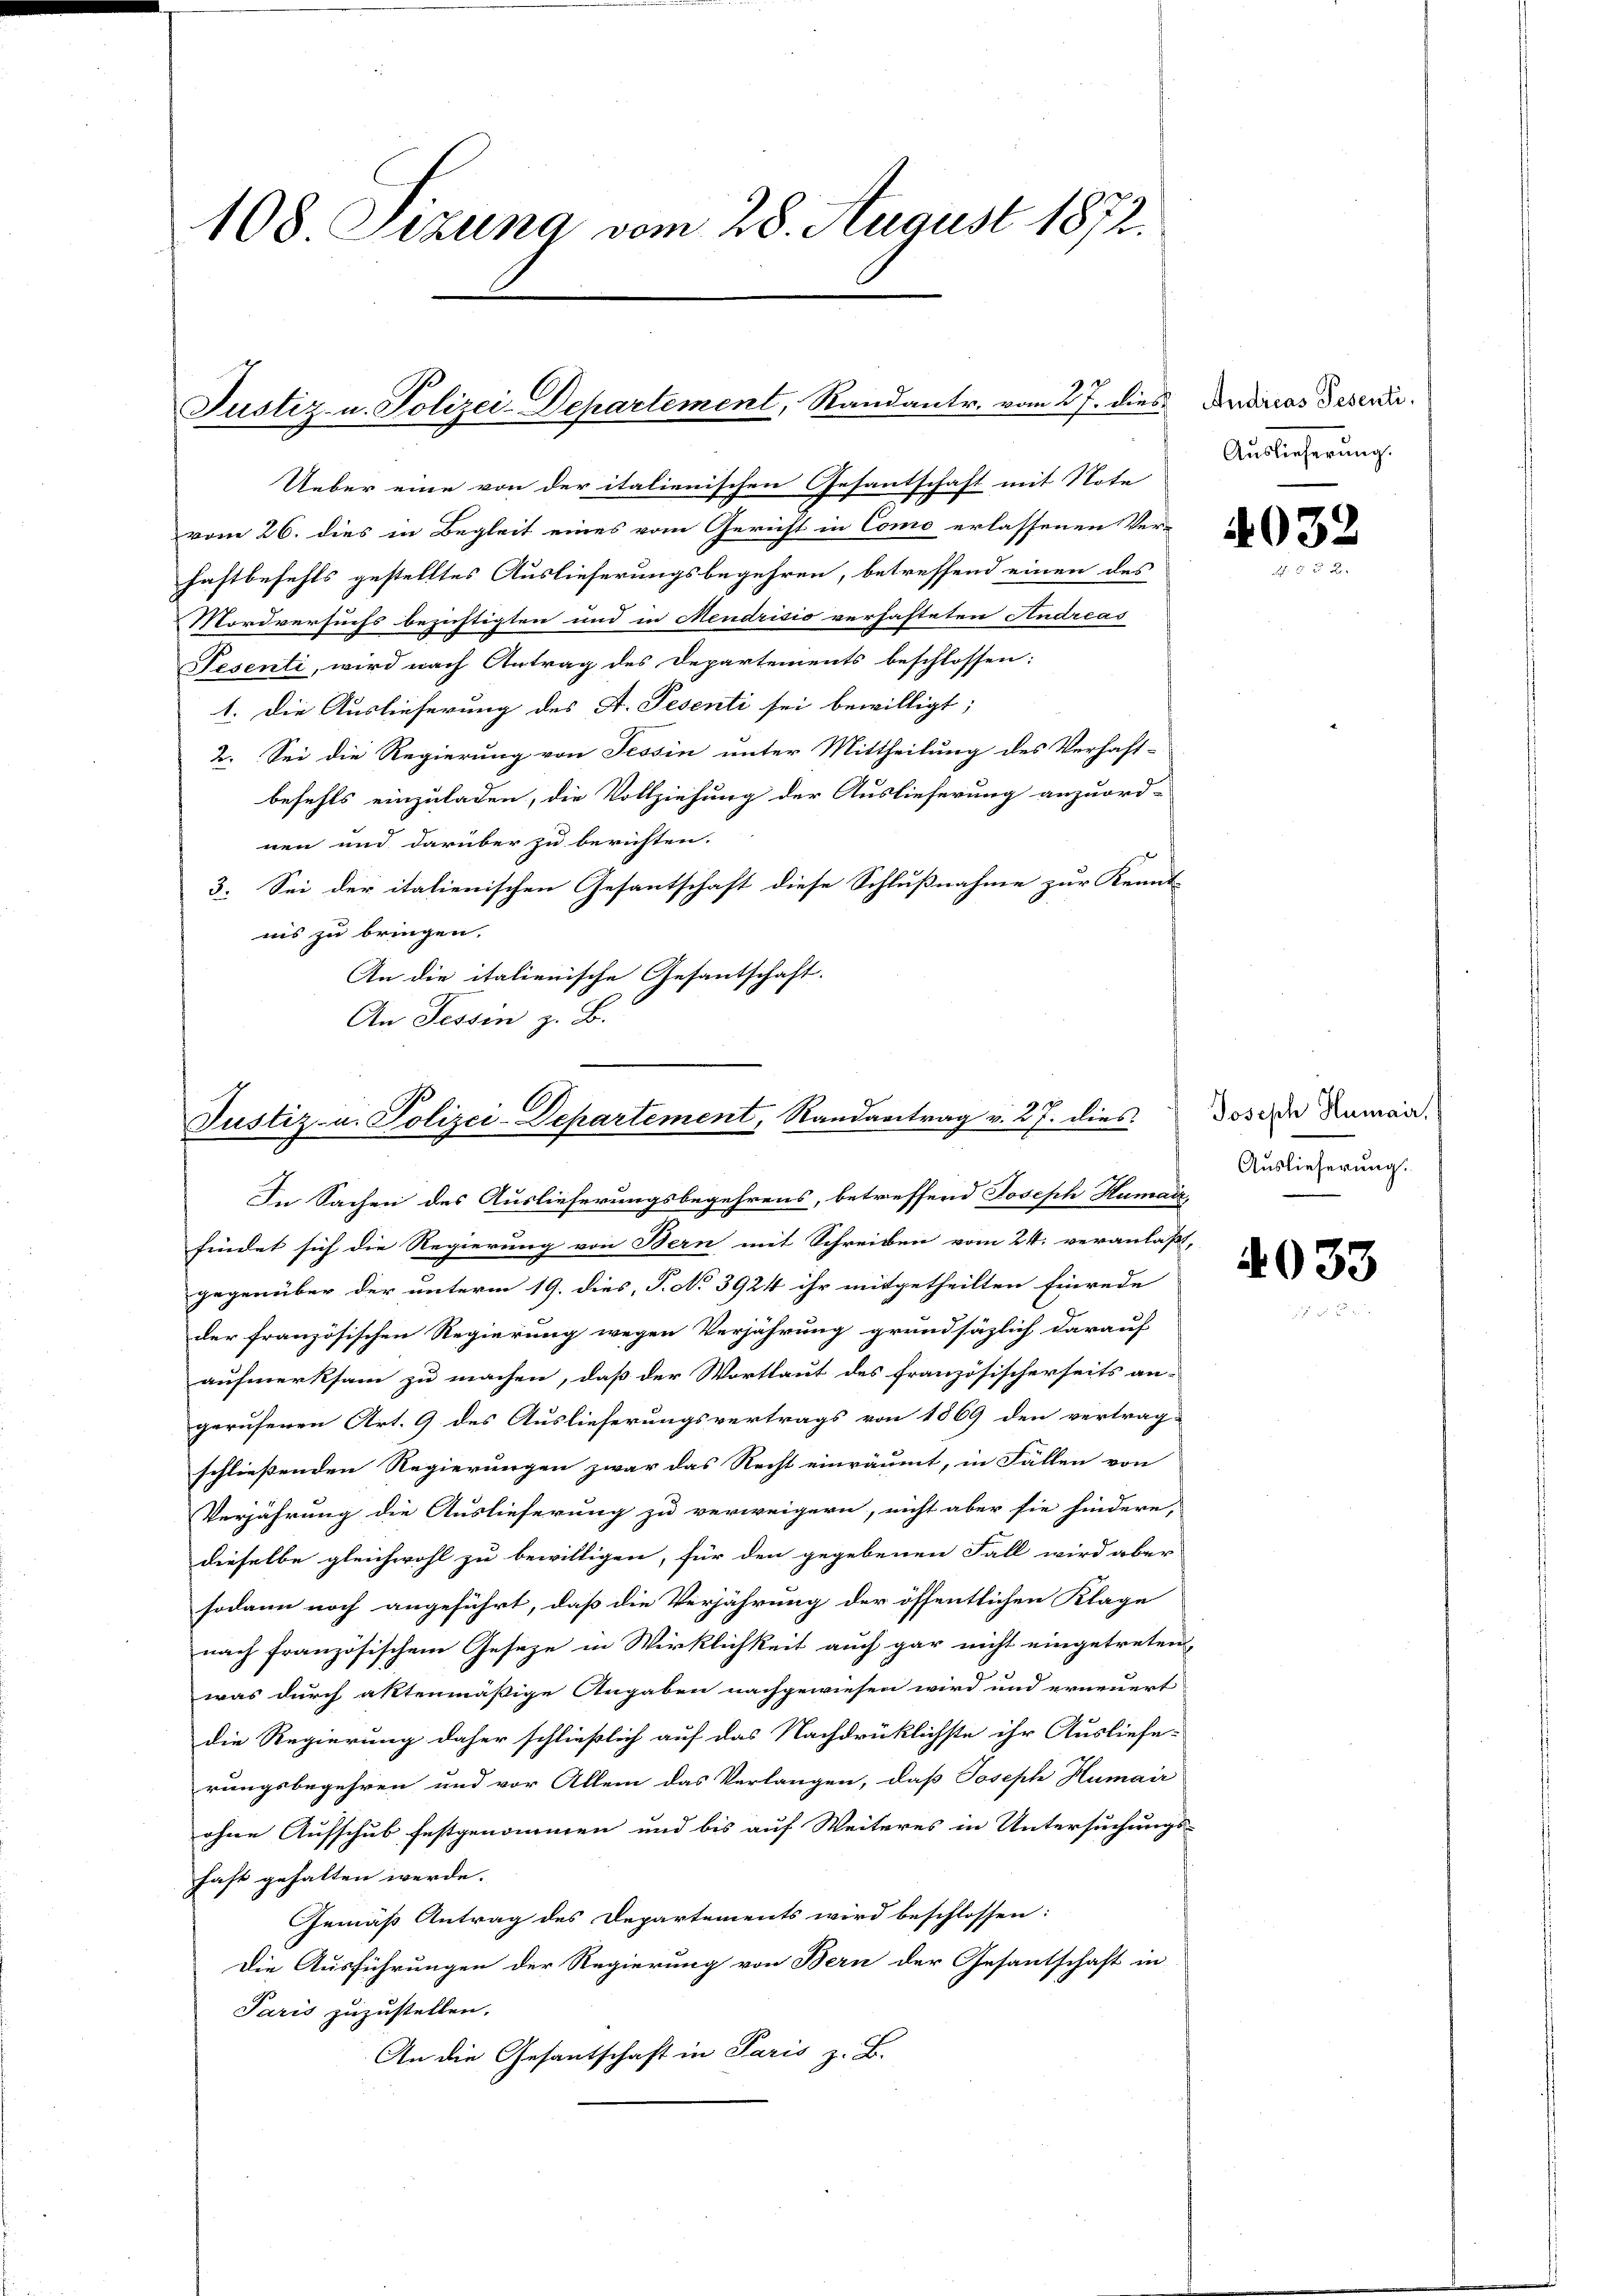
108 Sizung vom 28. August 1872.

Justiz- u. Polizei-Departement, Randantr. vom 27. dies

Justiz- u. Polizei-Departement, Randantrag v. 27. dies

Ueber eine von der italienischen Gesantschaft mit Note
vom 26. dies in Begleit eines vom Gericht in Como erlassenen Ver-
haftbefehls gestelltes Auslieferungsbegehren, betreffend einen des
Mordversuchs bezüchtigten und in Mendrisio verhafteten Andreas
Nesenti, wird nach Antrag des Departements beschlossen:
1. Die Auslieferung des A. Pesenti sei bewilligt;
2. Sei die Regierung von Tessin unter Mittheilung des Verhaft-
befehls einzuladen, die Vollziehung der Auslieferung anzuord-
nen und darüber zu berichten.
3. Sei der italienischen Gesantschaft diese Schlußnahme zur Kennt
iis zu bringen,
An die italienische Gesantschaft.
An Tessin z. B.

Andreas Tesenti.
Auslieferung.

In Sachen des Auslieferungsbegehrens, betreffend Joseph Human
findet sich die Regierung von Bern mit Schreiben vom 24. veranlaßt,
gegenüber der unterm 19. dies, P. No 3924 ihr mitgetheilten Einrede
der französischen Regierung wegen Verjährung grundsäzlich darauf
aufmerksam zu machen, daß der Wortlaut des französischerseits an-
gerufenen Art. 9 des Auslieferungsvertrags von 1869 den vertrag-
schließenden Regierungen zwar das Recht einräumt, in Fällen von
Verjährung die Auslieferung zu verweigern, nicht aber sie hindere,
dieselbe gleichwohl zu bewilligen, für den gegebenen Fall wird aber
sodann noch angeführt, daß die Verjährung der öffentlichen Klage
nach französischem Geseze in Wirklichkeit auch gar nicht eingetreten
was durch aktenmäßige Angaben nachgewiesen wird und erneuert
die Regierung daher schließlich auf das Nachdrücklichste ihr Ausliefe-
rungsbegehren und vor Allem das Verlangen, daß Joseph Humair
ohne Aufschub festgenommen und bis auf Weiteres in Untersuchungs-
fast gehalten werde.
Gemäß Antrag des Departements wird beschlossen:
Die Ausführungen der Regierung von Bern der Gesantschaft in
Paris zuzustellen.
An die Gesantschaft in Paris z. B.

4032

Joseph Humair,
Auslieferung.

4033